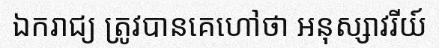
ឯករាជ្យ ត្រូវបានគេហៅថា អនុស្សាវរីយ៍